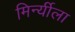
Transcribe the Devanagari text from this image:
मिर्न्यीला